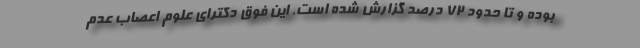
بوده و تا حدود ۷۲ درصد گزارش شده است. این فوق دکترای علوم اعصاب عدم